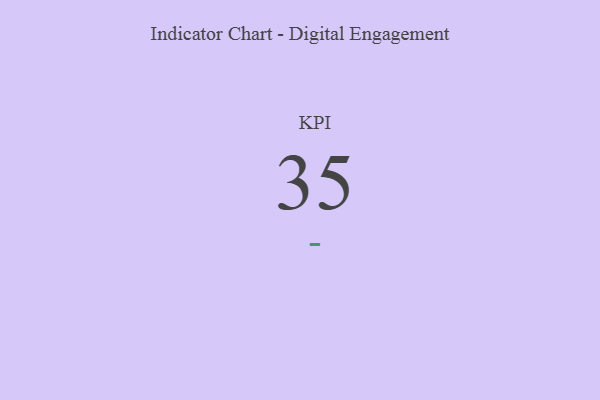
{"axis": {"x": "KPI", "y": "Value"}, "legend": [""], "data": [{"x": "KPI", "y": 35, "type": ""}]}